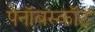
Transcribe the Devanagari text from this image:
पेनॉबस्कॉट